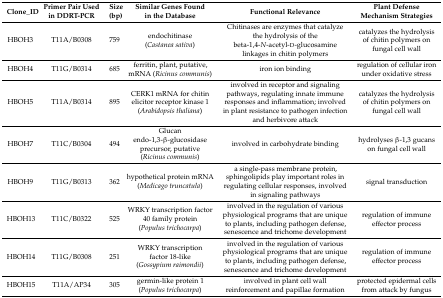
<table><thead><tr><td><b>Clone_ID</b></td><td><b>Primer Pair Used in DDRT-PCR</b></td><td><b>Size (bp)</b></td><td><b>Similar Genes Found in the Database</b></td><td><b>Functional Relevance</b></td><td><b>Plant Defense Mechanism Strategies</b></td></tr></thead><tbody><tr><td>HBOH3</td><td>T11A/B0308</td><td>759</td><td>endochitinase (<i>Castanea sativa</i>)</td><td>Chitinases are enzymes that catalyze the hydrolysis of the beta-1,4-<i>N</i>-acetyl-d-glucosamine linkages in chitin polymers</td><td>catalyzes the hydrolysis of chitin polymers on fungal cell wall </td></tr><tr><td>HBOH4</td><td>T11G/B0314</td><td>685</td><td>ferritin, plant, putative, mRNA (<i>Ricinus communis</i>)</td><td>iron ion binding</td><td>regulation of cellular iron under oxidative stress</td></tr><tr><td>HBOH5</td><td>T11A/B0314</td><td>895</td><td>CERK1 mRNA for chitin elicitor receptor kinase 1 (<i>Arabidopsis thaliana</i>)</td><td>involved in receptor and signaling pathways, regulating innate immune responses and inflammation; involved in plant resistance to pathogen infection and herbivore attack</td><td>catalyzes the hydrolysis of chitin polymers on fungal cell wall</td></tr><tr><td>HBOH7</td><td>T11C/B0304</td><td>494</td><td>Glucan endo-1,3-β-glucosidase precursor, putative (<i>Ricinus communis</i>)</td><td>involved in carbohydrate binding</td><td>hydrolyses β-1,3 gucans on fungal cell wall</td></tr><tr><td>HBOH9</td><td>T11G/B0313</td><td>362</td><td>hypothetical protein mRNA (<i>Medicago truncatula</i>)</td><td>a single-pass membrane protein, sphingolipids play important roles in regulating cellular responses, involved in signaling pathways</td><td>signal transduction</td></tr><tr><td>HBOH13</td><td>T11C/B0322</td><td>525</td><td>WRKY transcription factor 40 family protein (<i>Populus trichocarpa</i>)</td><td>involved in the regulation of various physiological programs that are unique to plants, including pathogen defense, senescence and trichome development</td><td>regulation of immune effector process</td></tr><tr><td>HBOH14</td><td>T11G/B0308</td><td>251</td><td>WRKY transcription factor 18-like (<i>Gossypium raimondii</i>)</td><td>involved in the regulation of various physiological programs that are unique to plants, including pathogen defense, senescence and trichome development</td><td>regulation of immune effector process</td></tr><tr><td>HBOH15</td><td>T11A/AP34</td><td>305</td><td>germin-like protein 1 (<i>Populus trichocarpa</i>)</td><td>involved in plant cell wall reinforcement and papillae formation</td><td>protected epidermal cells from attack by fungus</td></tr></tbody></table>